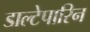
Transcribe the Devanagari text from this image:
डाल्टेपारिन